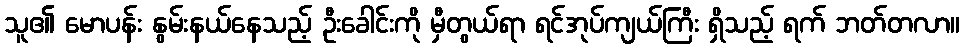
သူ၏ မောပန်း နွမ်းနယ်နေသည့် ဦးခေါင်းကို မှီတွယ်ရာ ရင်အုပ်ကျယ်ကြီး ရှိသည့် ရက် ဘတ်တလာ။